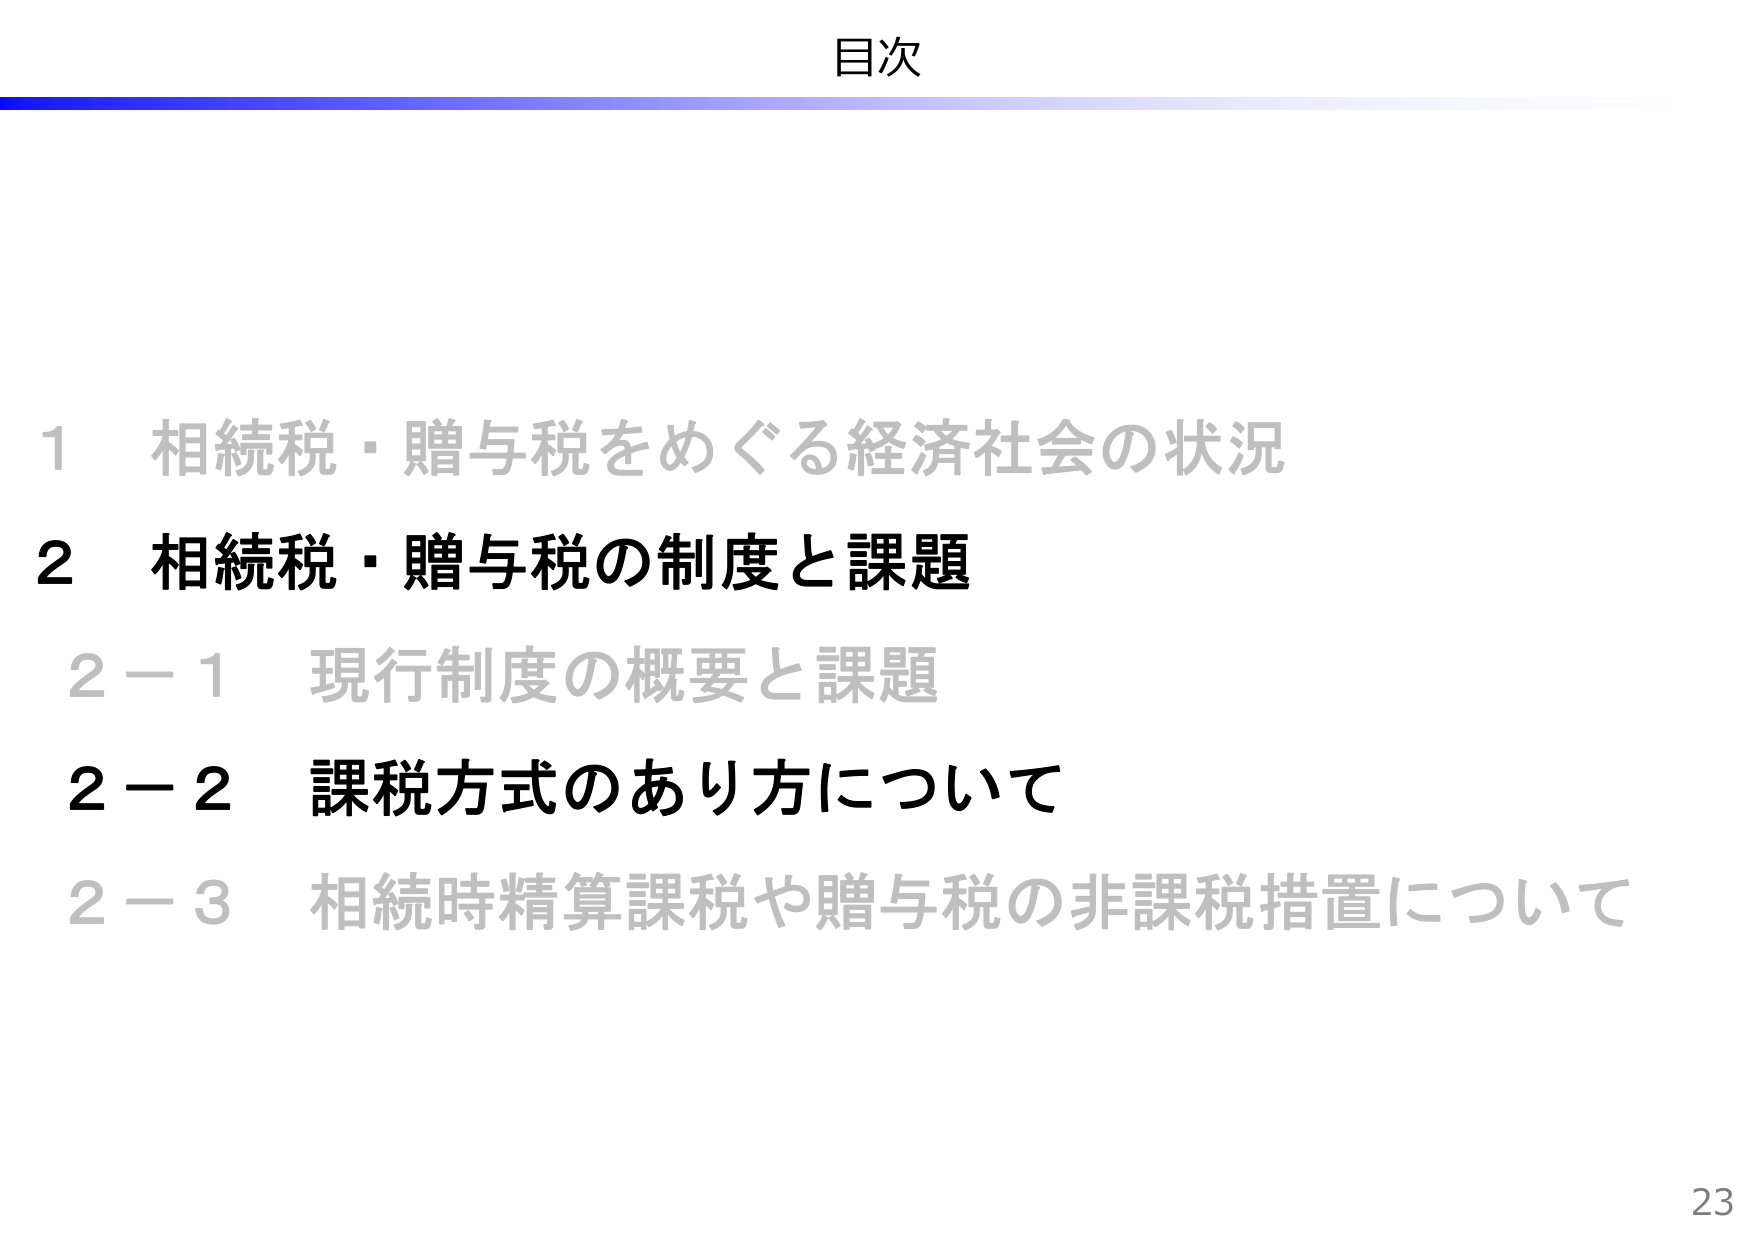
目次

1 相続税・贈与税をめぐる経済社会の状況
2 相続税・贈与税の制度と課題
2－1 現行制度の概要と課題
2－2 課税方式のあり方について
2－3 相続時精算課税や贈与税の非課税措置について

23